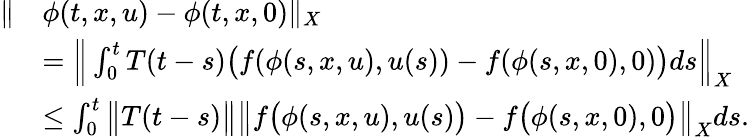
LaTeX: \begin{array}{rl}{\| }&{\phi(t,x,u)-\phi(t,x,0)\| _{X}}\\ &{=\Big\| \int_{0}^{t}T(t-s)\big(f(\phi(s,x,u),u(s))-f(\phi(s,x,0),0)\big)ds\Big\| _{X}}\\ &{\leq\int_{0}^{t}\big\| T(t-s)\big\| \big\| f\big(\phi(s,x,u),u(s)\big)-f\big(\phi(s,x,0),0\big)\big\| _{X}ds.}\end{array}